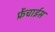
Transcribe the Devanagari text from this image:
फ्रेंचाईस